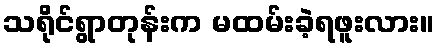
သရိုင်ရွာတုန်းက မထမ်းခဲ့ရဖူးလား။